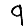
Digit: 9